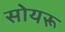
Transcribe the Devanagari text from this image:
सोयरू